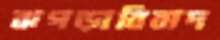
ঝগড়াবিবাদ